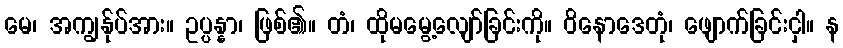
မေ၊ အကျွန်ုပ်အား။ ဥပ္ပန္နာ၊ ဖြစ်၏။ တံ၊ ထိုမမွေ့လျော်ခြင်းကို။ ဝိနောဒေတုံ၊ ဖျောက်ခြင်းငှါ။ န